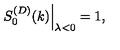
\left. S _ { 0 } ^ { ( D ) } ( k ) \right| _ { \lambda < 0 } = 1 ,